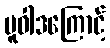
မူဝါဒကြောင့်